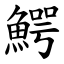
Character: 鰐